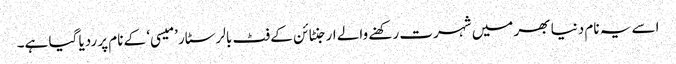
اسے یہ نام دنیا بھر میں شہرت رکھنے والے ارجنٹائن کے فٹ بالر سٹار ’میسی‘ کے نام پر ردیا گیا ہے۔